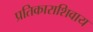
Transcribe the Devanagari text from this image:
प्रतिकाराशिवाय